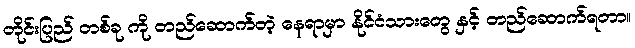
တိုင်းပြည် တစ်ခု ကို တည်ဆောက်တဲ့ နေရာမှာ နိုင်ငံသားတွေ နှင့် တည်ဆောက်ရတာ။